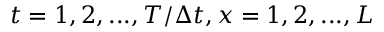
t = 1 , 2 , . . . , T / \Delta t , x = 1 , 2 , . . . , L